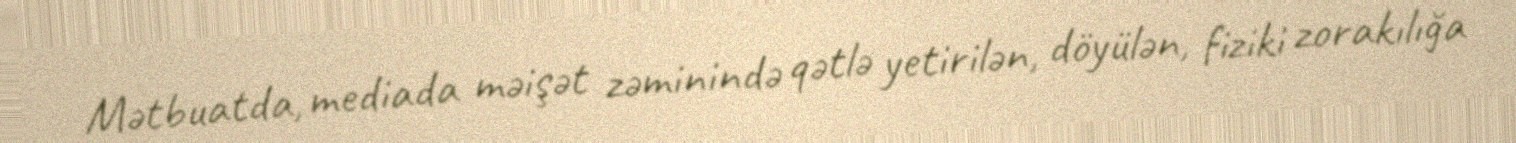
Mətbuatda, mediada məişət zəminində qətlə yetirilən, döyülən, fiziki zorakılığa